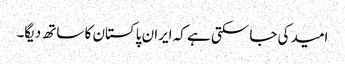
امید کی جا سکتی ہے کہ ایران پاکستان کا ساتھ دیگا۔